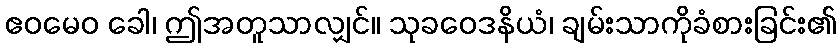
ဧဝမေဝ ခေါ၊ ဤအတူသာလျှင်။ သုခဝေဒနိယံ၊ ချမ်းသာကိုခံစားခြင်း၏